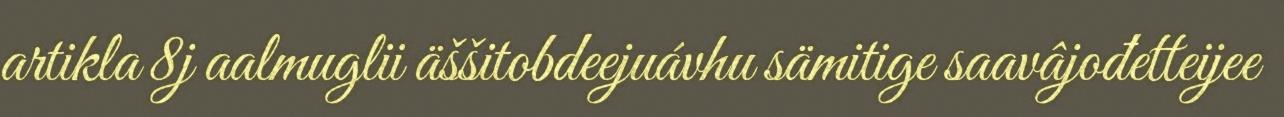
artikla 8j aalmuglii äššitobdeejuávhu sämitige saavâjođetteijee